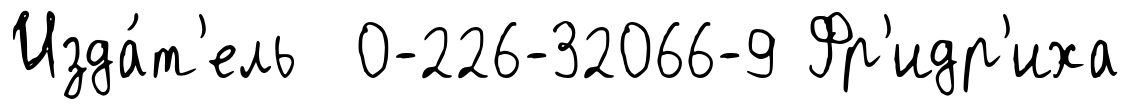
Изда́т'ель 0-226-32066-9 Фр'идр'иха